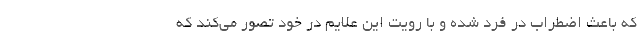
که باعث اضطراب در فرد شده و با رویت این علایم در خود تصور می‌کند که